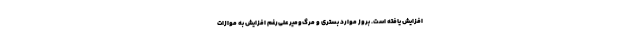
افزایش یافته است. بروز موارد بستری و مرگ‌ومیر علی‌رغم افزایش به موازات